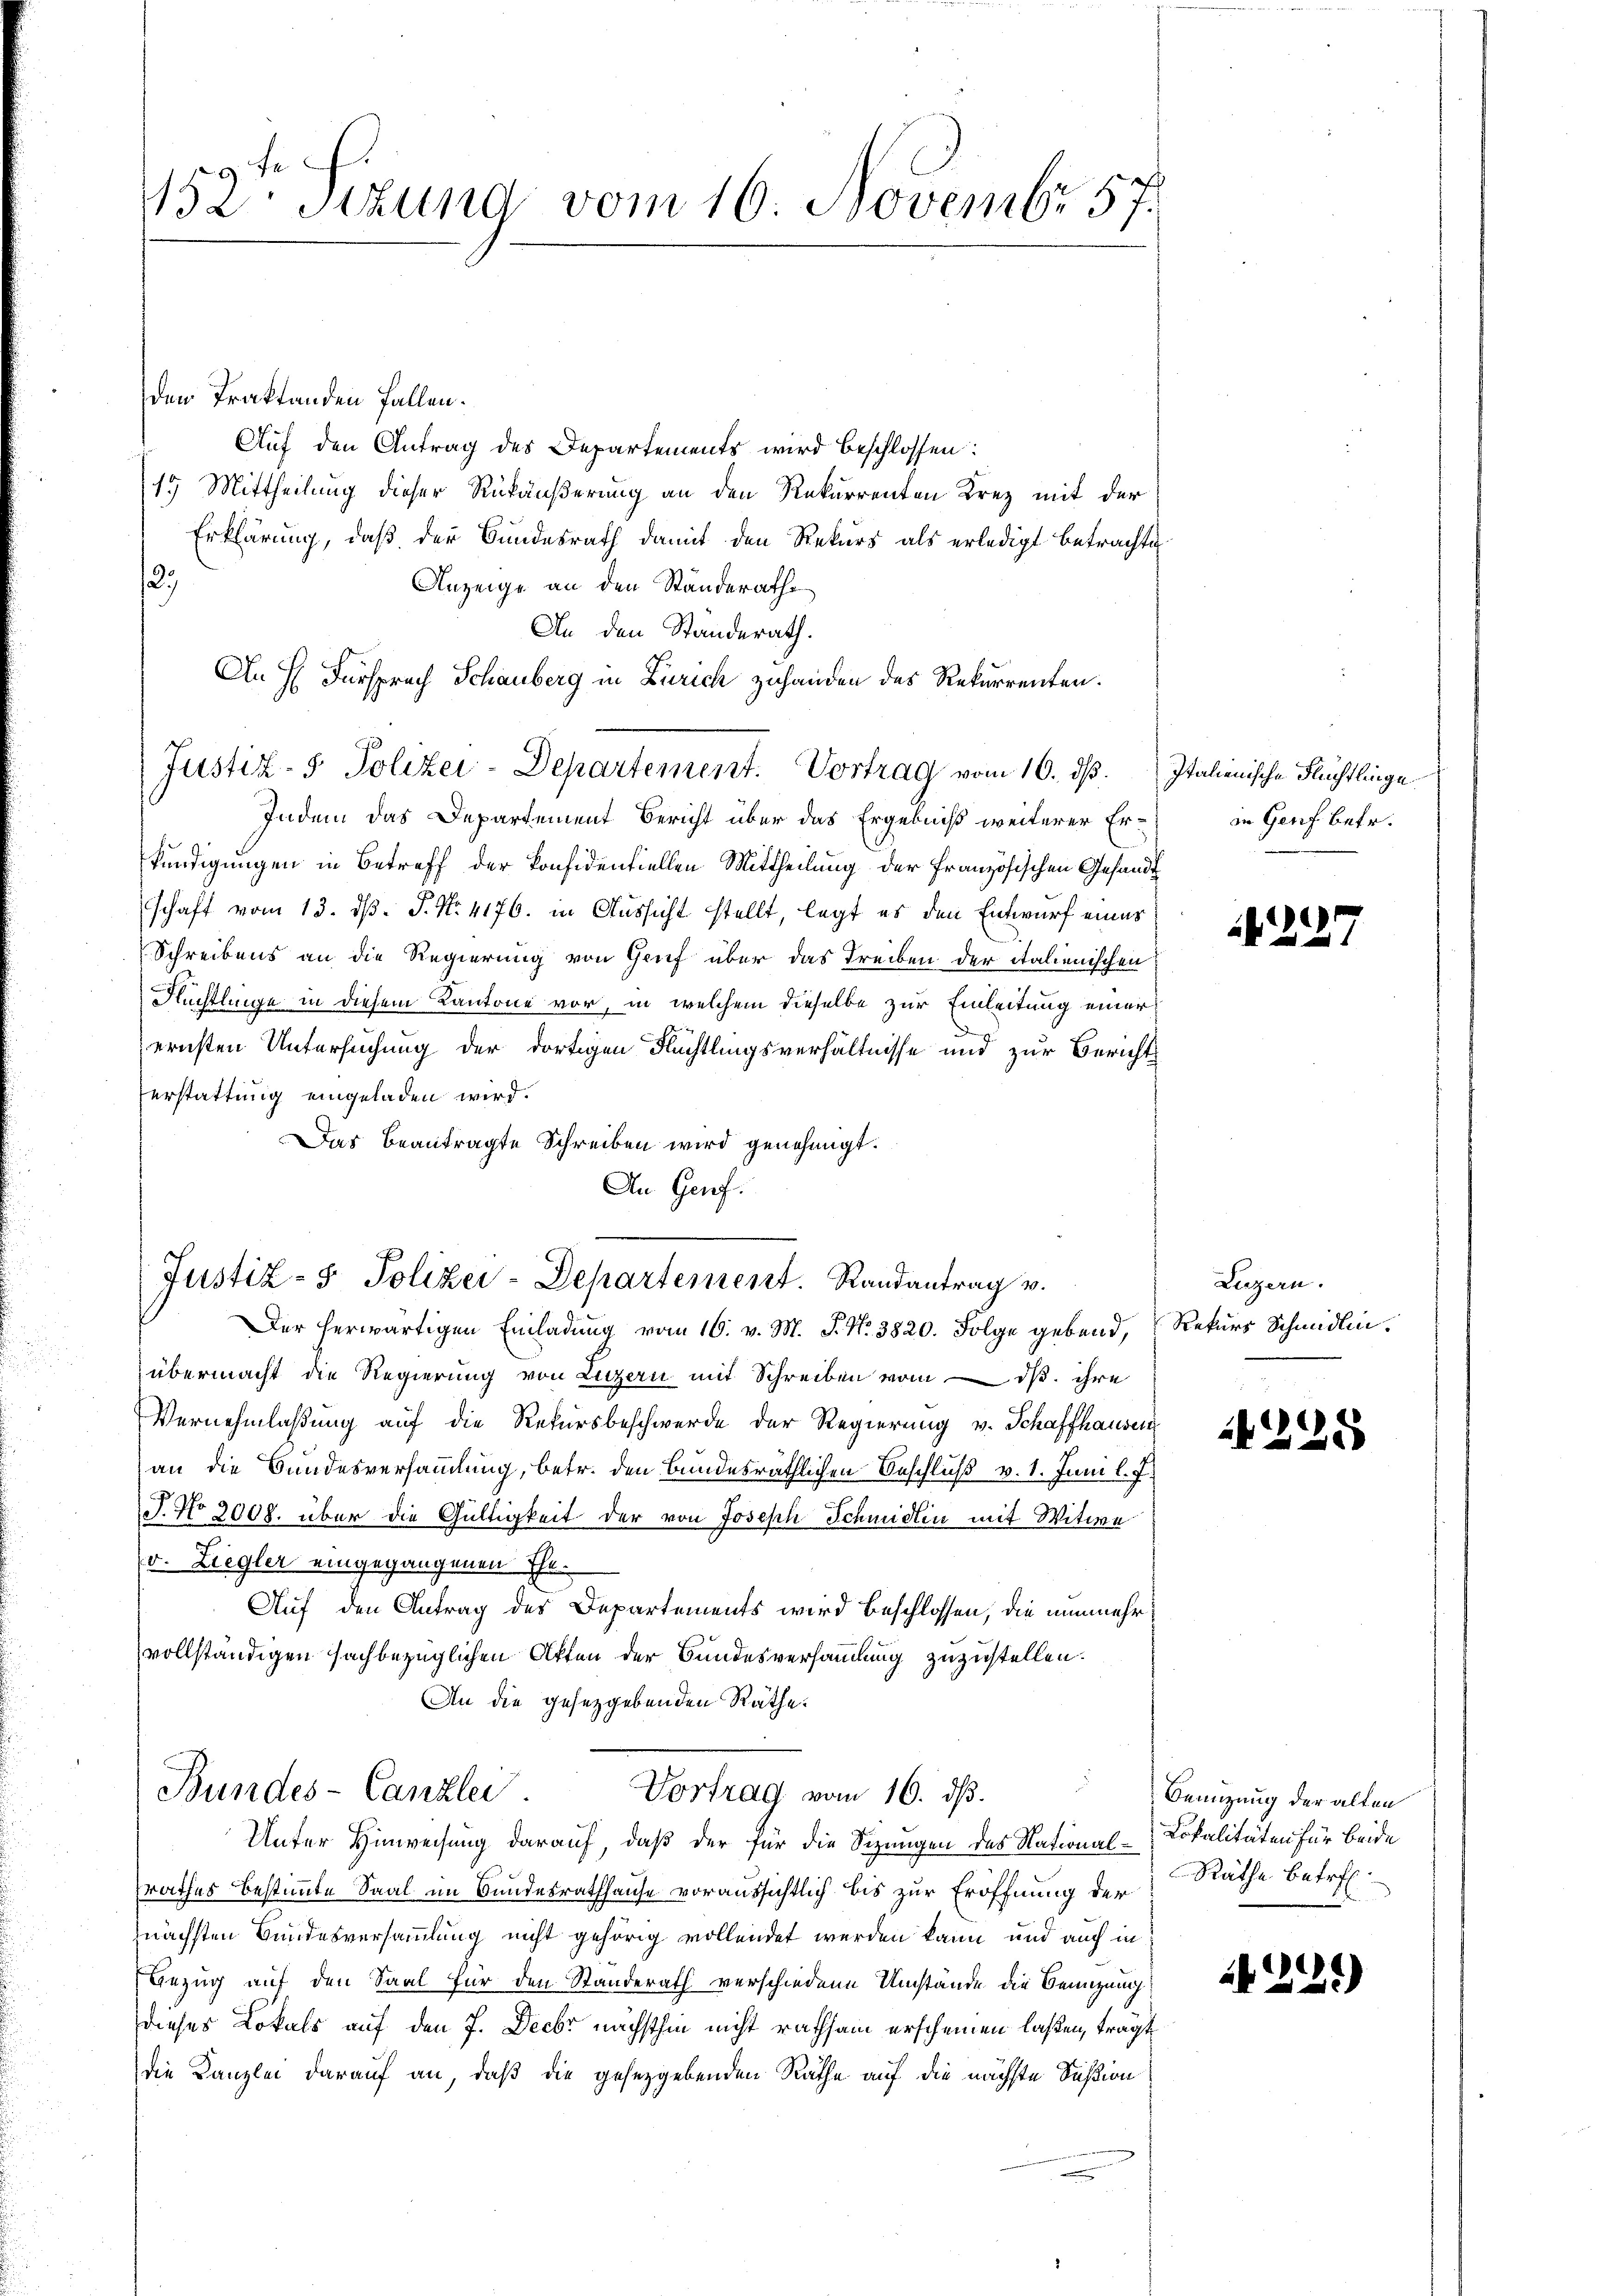
f
1152 sizung vom 16. Novembr 57.

den Traktanden Fallen.
Auf den Antrag des Departements wird beschlossen:
19 Mittheilung dieser Rükäußerung an den Rekurrenten Krez mit der
Erklärung, daß der Bundesrath damit den Rekurs als erledigt betrachte
2)
Anzeige an den Standeraths
An den Standerath.
An H. Fürsprach Schauberg in Zürich zuhanden des Rekurrenten.
Indem das Departement Bericht über das Ergebniß weiterer Erkündigungen in Betreff der Konfidentiellen Mittheilung der Französischen Gesandt
schaft vom 13. dß. P. No. 4176. in Aussicht stellt, legt es den Entwurf eines
Schreibens an die Regierung von Gruf über das Treiben der italienischen
Flüchtlinge in diesem Kantone vor, in welchem dieselbe zur Einleitung einer
ernsten Untersuchung der dortigen Flüchtlingsverhältnisse und zur Bericht
erstattung eingeladen wird.
Das beantragte Schreiben wird genehmigt.
An Genf.

Justiz- & Polizei-Departement. Vortrag vom 16. ds. Italienische Flüchtlinge

Justiz- & Polizei-Departement. Randantrag v.

Der herwärtigen Einladung vom 16. v. M. P. Nr. 3820. Folge gebend,
übermacht die Regierung von Luzern mit Schreiben vom 1. ihre
Vernehmlaßung auf die Rekursbeschwerde der Regierung v. Schaffhausen
an die Bundesversammlung, betr. den Bundesräthlichen Beschluß v. 1. Juni l. J.
J. No 3008. über die Gültigkeit der von Joseph Schmidlin mit Witwe
(v. Liegler eingegangenen Ehe-
Auf den Antrag des Departements wird beschlossen, die nunmehr
vollständigen sachbezüglichen Akten der Bundesversammlung zuzustellen.
An die gesetzgebenden Räthe.

Bundes-Canzlei
Vortrag vom 16. ds.
Unter Hinweisung darauf, daß der für die Sizungen des National¬

srathes bestimmte Saal im Bundesrathhause voraussichtlich bis zur Eröffnung der
nächsten Bundesversammlung nicht gehörig vollendet werden kann und auch in
Bezug auf den Saal für den Standerath verschiedene Umstände die Benutzung
dieses Lokals auf den 7. Decbr nächsthin nicht rathsam erscheinen laßen, trägt
die Kanzlei darauf an, daß die gesetzgebenden Rathe auf die nächste Sußion

in Genf betr.

N 227

Luzern.
Rekurs Schmidlin.

225

Benutzung der alten
Lokalitäten für beide
Räthe betreff

221)